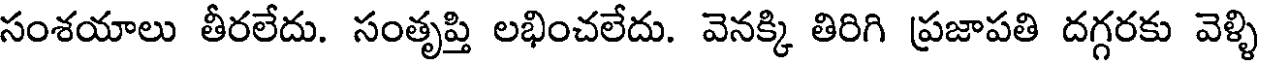
సంశయాలు తీరలేదు. సంతృప్తి లభించలేదు. వెనక్కి తిరిగి ప్రజాపతి దగ్గరకు వెళ్ళి